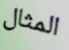
المثال